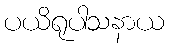
ပယိရုပါသနာယ